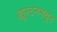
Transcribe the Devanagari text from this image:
ह्यूस्टनमधून